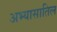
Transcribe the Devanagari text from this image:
अभ्यासातिल